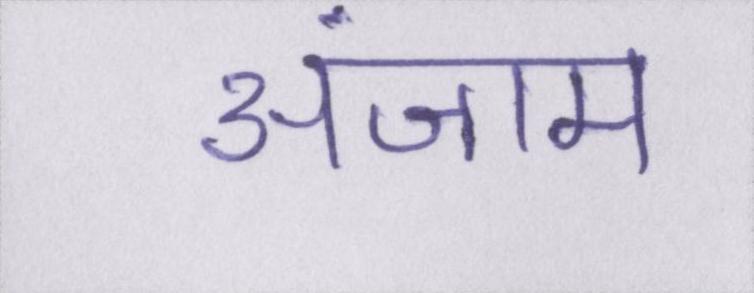
अंजाम